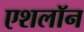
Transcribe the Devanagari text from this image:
एशलॉन